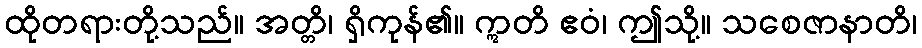
ထိုတရားတို့သည်။ အတ္တိ၊ ရှိကုန်၏။ ဣတိ ဧဝံ၊ ဤသို့။ သစေဇာနာတိ၊